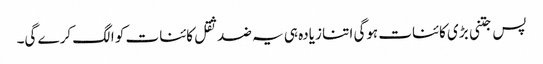
پس جتنی بڑی کائنات ہوگی اتنا زیادہ ہی یہ ضد ثقل کائنات کو الگ کرے گی۔